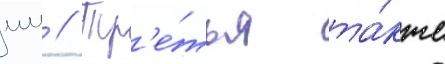
мм // Тр'е́тья та́кже